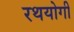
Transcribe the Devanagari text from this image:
रथयोगी